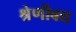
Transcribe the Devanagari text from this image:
श्रेणीबद्य